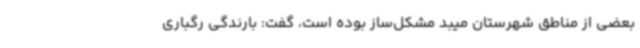
بعضی از مناطق شهرستان میبد مشکل‌ساز بوده است، گفت: بارندگی رگباری